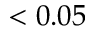
< 0 . 0 5